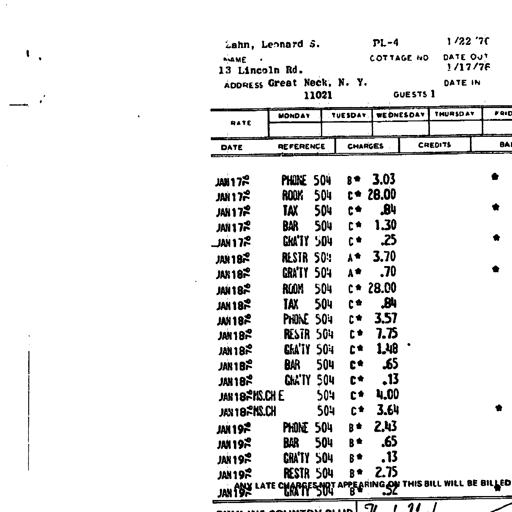
Zahn, Leonard S. PL-4 1/22 '76
NAME
13 Lincoln Rd. COTTAGE NO DATE OUT
1/17/76
ADDRESS Great Neck, N. Y.
11021 GUESTS 1 DATE IN
RATE MONDAY TUESDAY WEDNESDAY THURSDAY FRIDAY
DATE REFERENCE CHARGES CREDITS
JAN 17 '76 PHONE 504 B* 3.03
JAN 17 '76 ROOM 504 C* 28.00
JAN 17 '76 TAX 504 C* .84
JAN 17 '76 BAR 504 C* 1.30
JAN 17 '76 GRAT'Y 504 C* .25
JAN 18 '76 RESTR 504 A* 3.70
JAN 18 '76 GRAT'Y 504 A* .70
JAN 18 '76 ROOM 504 C* 28.00
JAN 18 '76 TAX 504 C* .84
JAN 18 '76 PHONE 504 C* 3.57
JAN 18 '76 RESTR 504 C* 7.75
JAN 18 '76 GRAT'Y 504 C* 1.48
JAN 18 '76 BAR 504 C* .65
JAN 18 '76 GRAT'Y 504 C* .13
JAN 18 '76 MS.CHE 504 C* 4.00
JAN 18 '76 MS.CH 504 C* 3.64
JAN 19 '76 PHONE 504 B* 2.43
JAN 19 '76 BAR 504 B* .65
JAN 19 '76 GRAT'Y 504 B* .13
JAN 19 '76 RESTR 504 B* 2.75
JAN 19 '76 GRAT'Y 504 B* .52
ANY LATE CHARGES NOT APPEARING ON THIS BILL WILL BE BILLED